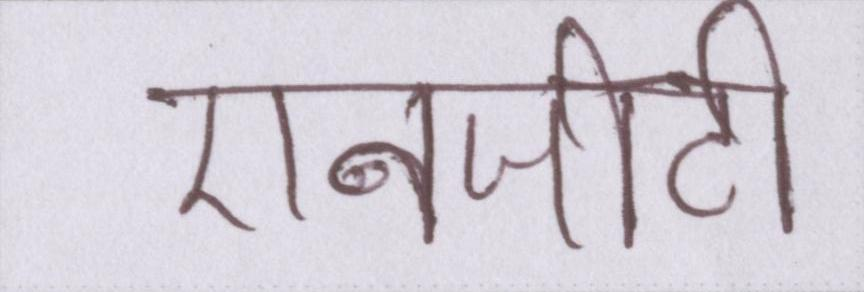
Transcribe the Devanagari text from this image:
एनजीटी